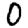
Digit: 0